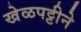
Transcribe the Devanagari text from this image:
खेळपट्टीने